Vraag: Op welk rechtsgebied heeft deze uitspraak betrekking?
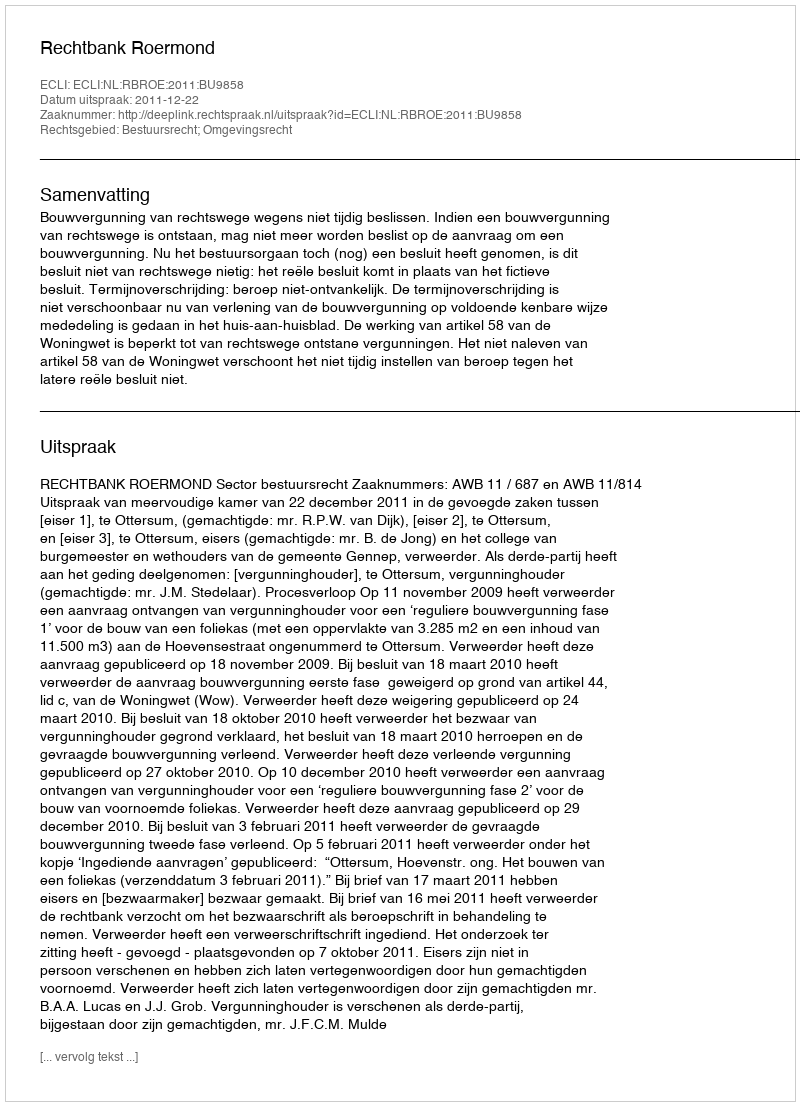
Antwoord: Bestuursrecht; Omgevingsrecht